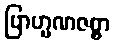
ဗြာဟ္မဏဇစ္စာ